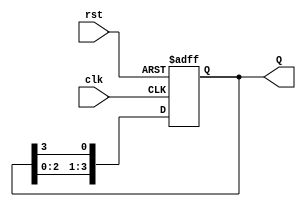
module ring_counter #(
    parameter N = 4  // Number of bits (states) in the ring counter
)(
    input wire clk,   // Clock input
    input wire rst,   // Asynchronous reset input
    output reg [N-1:0] Q  // N-bit output representing the current state
);

    // Initialize the ring counter
    always @(posedge clk or posedge rst) begin
        if (rst) begin
            // On reset, initialize the counter to a known state (e.g., 0001)
            Q <= 1'b1; // Set first flip-flop to '1'
        end else begin
            // Rotate the '1' through the flip-flops
            Q <= {Q[N-2:0], Q[N-1]}; // Shift left and wrap around
        end
    end

endmodule